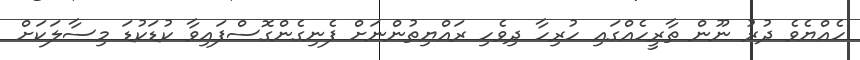
ހެއްޔެވެ ދުރު ނޫން ތާރީހެއްގައި ހުރިހާ ދިވެހި ރައްޔިތުންނަށް ފެނިގެންގޮސްފައިވާ ކުޑަކުޑަ މިސާލަކަށް